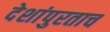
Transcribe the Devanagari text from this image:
देशांपुरताच